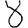
Digit: 8